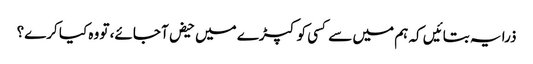
ذرا یہ بتا‎ئیں کہ ہم میں سے کسی کو کپڑے میں حیض آ جائے، تو وہ کیا کرے؟